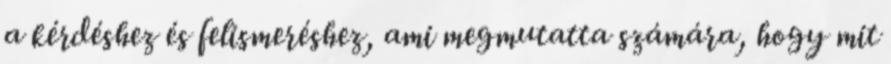
a kérdéshez és felismeréshez, ami megmutatta számára, hogy mit